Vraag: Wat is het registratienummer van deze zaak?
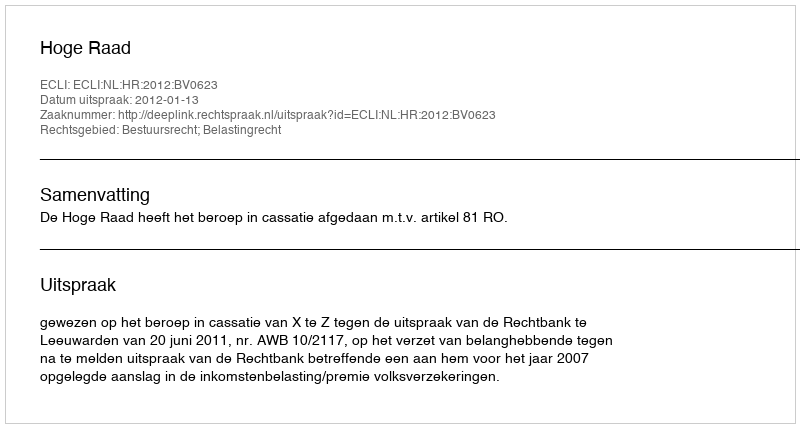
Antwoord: http://deeplink.rechtspraak.nl/uitspraak?id=ECLI:NL:HR:2012:BV0623